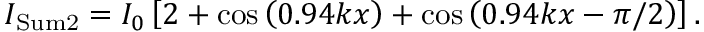
I _ { \mathrm { S u m 2 } } = I _ { 0 } \left[ 2 + \cos \left( 0 . 9 4 k x \right) + \cos \left( 0 . 9 4 k x - \pi / 2 \right) \right] .